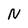
Character: N